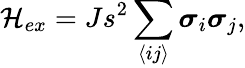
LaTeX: \mathcal{H}_{ex}=Js^{2}\sum_{\langle ij\rangle}\boldsymbol{\sigma}_{i}\boldsymbol{\sigma}_{j},